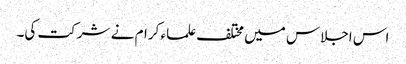
اس اجلاس میں مختلف علماء کرام نے شرکت کی۔